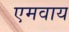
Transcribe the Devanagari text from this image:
एमवाय